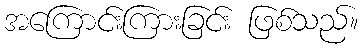
အကြောင်းကြားခြင်း ဖြစ်သည်။